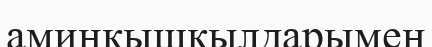
аминқышқылдарымен